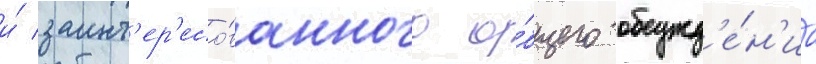
и́ заинт'ер'есо́ванного о́бщего обсужд'е́н'иа